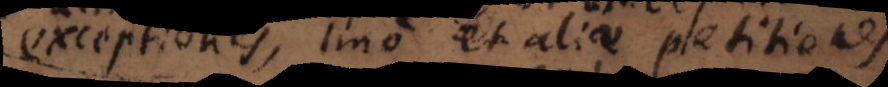
exceptiones, imo et aliae petitiones